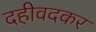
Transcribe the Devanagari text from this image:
दहीवदकर